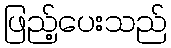
ဖြည့်ပေးသည်